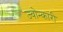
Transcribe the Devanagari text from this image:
ज्वोन्कारी